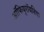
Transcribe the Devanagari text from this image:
ऑफियूरॉयडिया